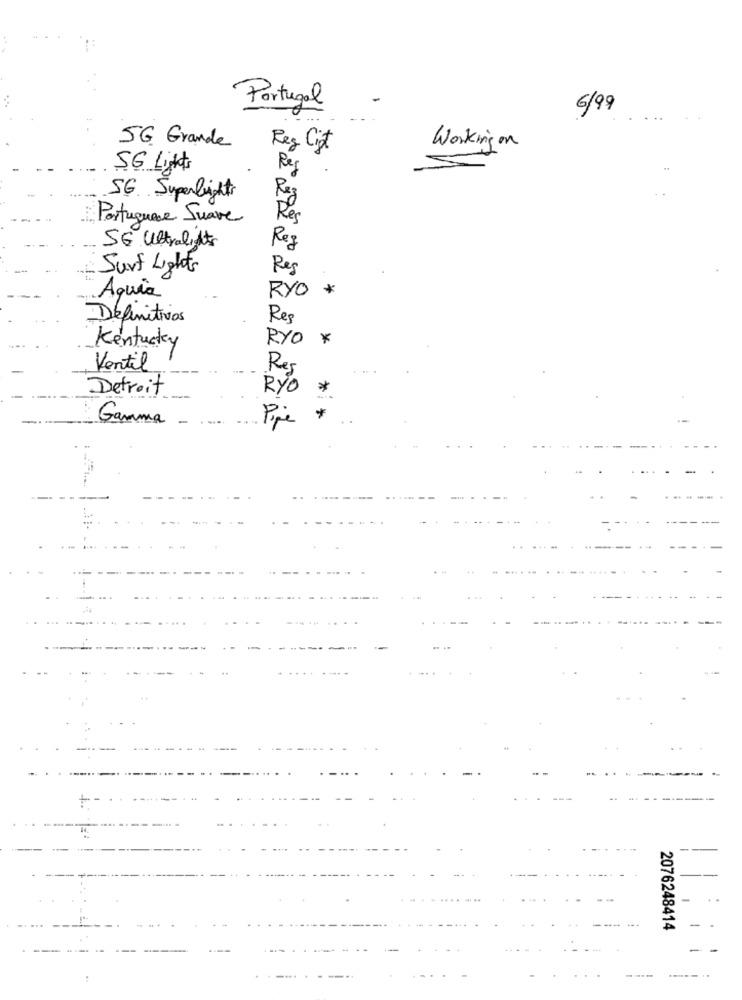
Portugal
6/99
SG Grande
Reg Cist
Working on
SG Lights
Reg
SG Superlights
Portuguese Suave
Res
SE Ultralights
Reg
Surf Lights
Res
RYO
*
Aquia
Definitivos
Res
Kentucky
RYO *
Ventil
Res
Detroit
RYO
Gamma
.
Pipe
+
-...
2076248414